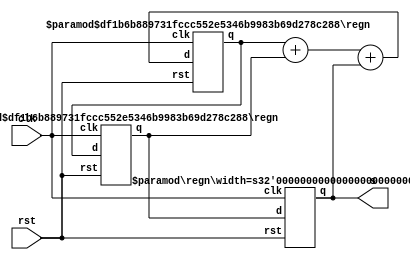
`timescale 1ns / 1ps

module tribonacci(clk, rst, s);

parameter width = 32;

wire [width-1:0] s0, s1, s2, s3;
input clk;
input rst;
output [width-1:0] s;


regn #(.width(width))
	regX(
	.clk(clk),
	.rst(rst),
	.d(s1),
	.q(s0));

regn #(.rst_value(1), .width(width)) 
	regY(
	.clk(clk),
	.rst(rst),
	.d(s2),
	.q(s1));

regn #(.rst_value(1), .width(width)) 
	regZ(
	.clk(clk),
	.rst(rst),
	.d(s3),
	.q(s2));
	
	assign s3 = s2 + s1 + s0;
	assign s = s0;	
endmodule



module regn(clk, rst, d, q);

	parameter rst_value = 0;
	parameter width = 16;

	input clk, rst;
	input [width-1:0] d;
	output [width-1:0] q;
	reg [width-1:0] q;
	
	always @(posedge clk or posedge rst)
	begin
		if (rst == 1)
			q <= rst_value;
		else
			q <= d;
	end
endmodule